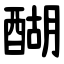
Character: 醐